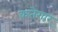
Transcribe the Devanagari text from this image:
कतेगार